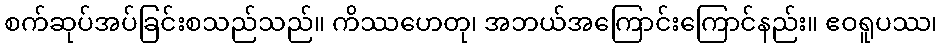
စက်ဆုပ်အပ်ခြင်းစသည်သည်။ ကိဿဟေတု၊ အဘယ်အကြောင်းကြောင်နည်း။ ဧဝရူပဿ၊